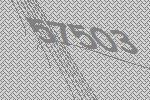
57503